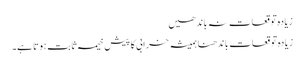
زیادہ توقعات نہ باندھیں
زیادہ توقعات باندھنا ہمیشہ خرابی کا پیش خیمہ ثابت ہوتا ہے۔